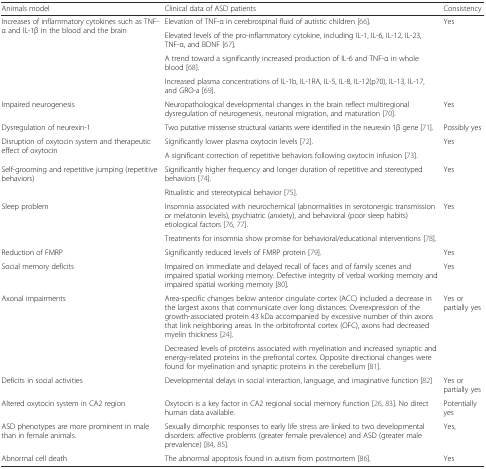
<table><thead><tr><td><b>Animals model</b></td><td><b>Clinical data of ASD patients</b></td><td><b>Consistency</b></td></tr></thead><tbody><tr><td rowspan="4">Increases of inflammatory cytokines such as TNF-α and IL-1β in the blood and the brain</td><td>Elevation of TNF-α in cerebrospinal fluid of autistic children [66].</td><td rowspan="4">Yes</td></tr><tr><td>Elevated levels of the pro-inflammatory cytokine, including IL-1, IL-6, IL-12, IL-23, TNF-α, and BDNF [67].</td></tr><tr><td>A trend toward a significantly increased production of IL-6 and TNF-α in whole blood [68].</td></tr><tr><td>Increased plasma concentrations of IL-1b, IL-1RA, IL-5, IL-8, IL-12(p70), IL-13, IL-17, and GRO-a [69].</td></tr><tr><td>Impaired neurogenesis</td><td>Neuropathological developmental changes in the brain reflect multiregional dysregulation of neurogenesis, neuronal migration, and maturation [70].</td><td>Yes</td></tr><tr><td>Dysregulation of neurexin-1</td><td>Two putative missense structural variants were identified in the neurexin 1β gene [71].</td><td>Possibly yes</td></tr><tr><td rowspan="2">Disruption of oxytocin system and therapeutic effect of oxytocin</td><td>Significantly lower plasma oxytocin levels [72].</td><td rowspan="2">Yes</td></tr><tr><td>A significant correction of repetitive behaviors following oxytocin infusion [73].</td></tr><tr><td rowspan="2">Self-grooming and repetitive jumping (repetitive behaviors)</td><td>Significantly higher frequency and longer duration of repetitive and stereotyped behaviors [74].</td><td rowspan="2">Yes</td></tr><tr><td>Ritualistic and stereotypical behavior [75].</td></tr><tr><td rowspan="2">Sleep problem</td><td>Insomnia associated with neurochemical (abnormalities in serotonergic transmission or melatonin levels), psychiatric (anxiety), and behavioral (poor sleep habits) etiological factors [76, 77].</td><td rowspan="2">Yes</td></tr><tr><td>Treatments for insomnia show promise for behavioral/educational interventions [78].</td></tr><tr><td>Reduction of FMRP</td><td>Significantly reduced levels of FMRP protein [79].</td><td>Yes</td></tr><tr><td>Social memory deficits</td><td>Impaired on immediate and delayed recall of faces and of family scenes and impaired spatial working memory. Defective integrity of verbal working memory and impaired spatial working memory [80].</td><td>Yes</td></tr><tr><td rowspan="2">Axonal impairments</td><td>Area-specific changes below anterior cingulate cortex (ACC) included a decrease in the largest axons that communicate over long distances. Overexpression of the growth-associated protein 43 kDa accompanied by excessive number of thin axons that link neighboring areas. In the orbitofrontal cortex (OFC), axons had decreased myelin thickness [24].</td><td rowspan="2">Yes or partially yes</td></tr><tr><td>Decreased levels of proteins associated with myelination and increased synaptic and energy-related proteins in the prefrontal cortex. Opposite directional changes were found for myelination and synaptic proteins in the cerebellum [81].</td></tr><tr><td>Deficits in social activities</td><td>Developmental delays in social interaction, language, and imaginative function [82]</td><td>Yes or partially yes</td></tr><tr><td>Altered oxytocin system in CA2 region</td><td>Oxytocin is a key factor in CA2 regional social memory function [26, 83]. No direct human data available.</td><td>Potentially yes</td></tr><tr><td>ASD phenotypes are more prominent in male than in female animals.</td><td>Sexually dimorphic responses to early life stress are linked to two developmental disorders: affective problems (greater female prevalence) and ASD (greater male prevalence) [84, 85].</td><td>Yes,</td></tr><tr><td>Abnormal cell death</td><td>The abnormal apoptosis found in autism from postmortem [86].</td><td>Yes</td></tr></tbody></table>